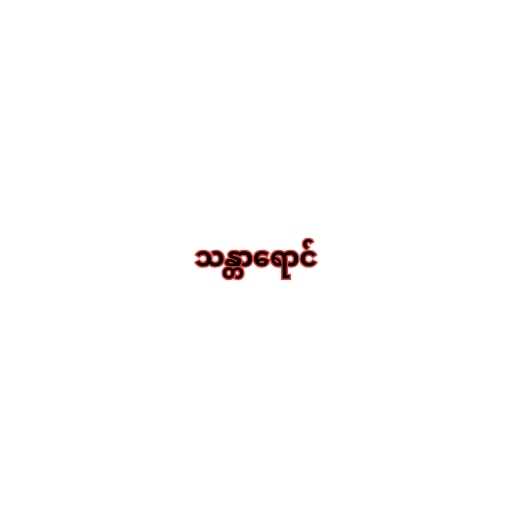
သန္တာရောင်